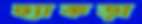
ছ্যাকড়া